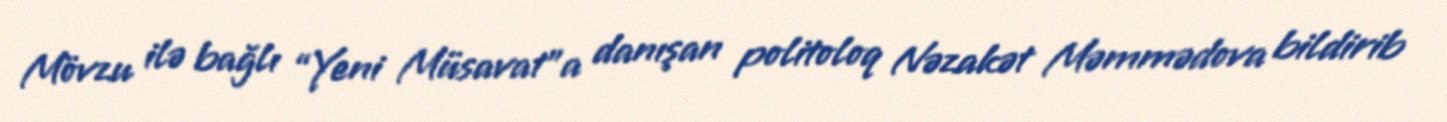
Mövzu ilə bağlı “Yeni Müsavat”a danışan politoloq Nəzakət Məmmədova bildirib